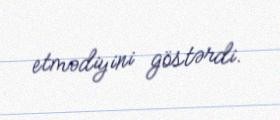
etmədiyini göstərdi.